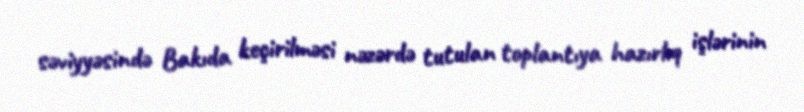
səviyyəsində Bakıda keçirilməsi nəzərdə tutulan toplantıya hazırlıq işlərinin